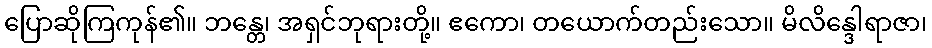
ပြောဆိုကြကုန်၏။ ဘန္တေ၊ အရှင်ဘုရားတို့။ ဧကော၊ တယောက်တည်းသော။ မိလိန္ဒေါရာဇာ၊